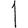
Digit: 1